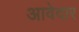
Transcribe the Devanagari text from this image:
आवेदार